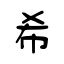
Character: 希